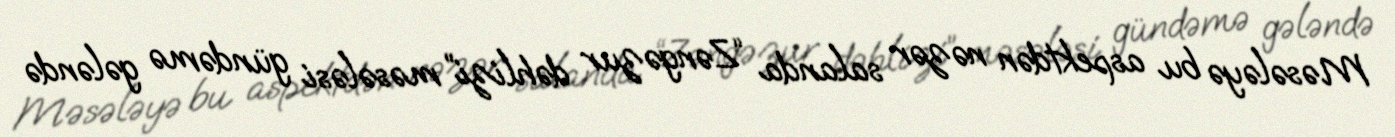
Məsələyə bu aspektdən nəzər salanda “Zəngəzur dəhlizi” məsələsi gündəmə gələndə